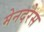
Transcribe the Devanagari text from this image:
मेनदरेस